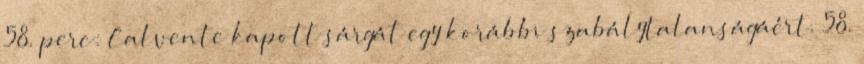
58. perc: Calvente kapott sárgát egy korábbi szabálytalanságáért. 58.